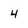
Character: 4